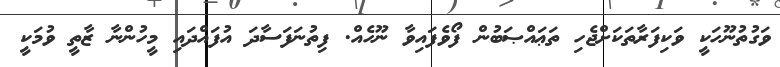
ވަގުތުނޫހަކީ ވަކިފަރާތަކަށްޖެހި ތަޢައްޞަބުން ފޯވެފައިވާ ނޫހެއް. ފިތުނަފަސާދަ އުފައްދައި މީހުންނާ ޒާތީ ވުމަކީ